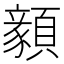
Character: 顡